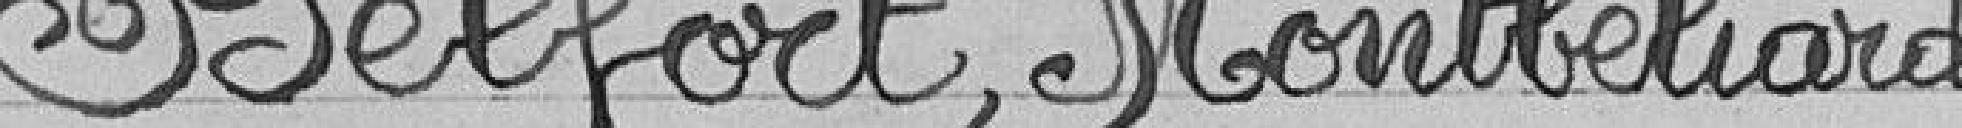
Belfort, Montbéliard